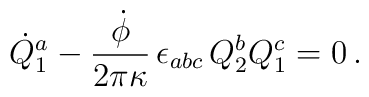
\dot{Q}^{a}_{1} - {\dot{\phi}\over 2\pi\kappa} \, \epsilon_{abc} \,  Q^{b}_{2}Q^{c}_{1} = 0\, .